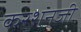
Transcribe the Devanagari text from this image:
करशनजी